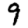
Digit: 9